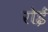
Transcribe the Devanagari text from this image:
रोईं